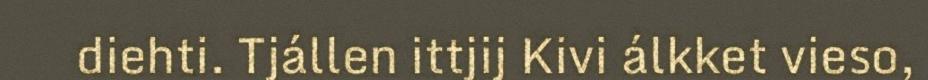
diehti. Tjállen ittjij Kivi álkket vieso,